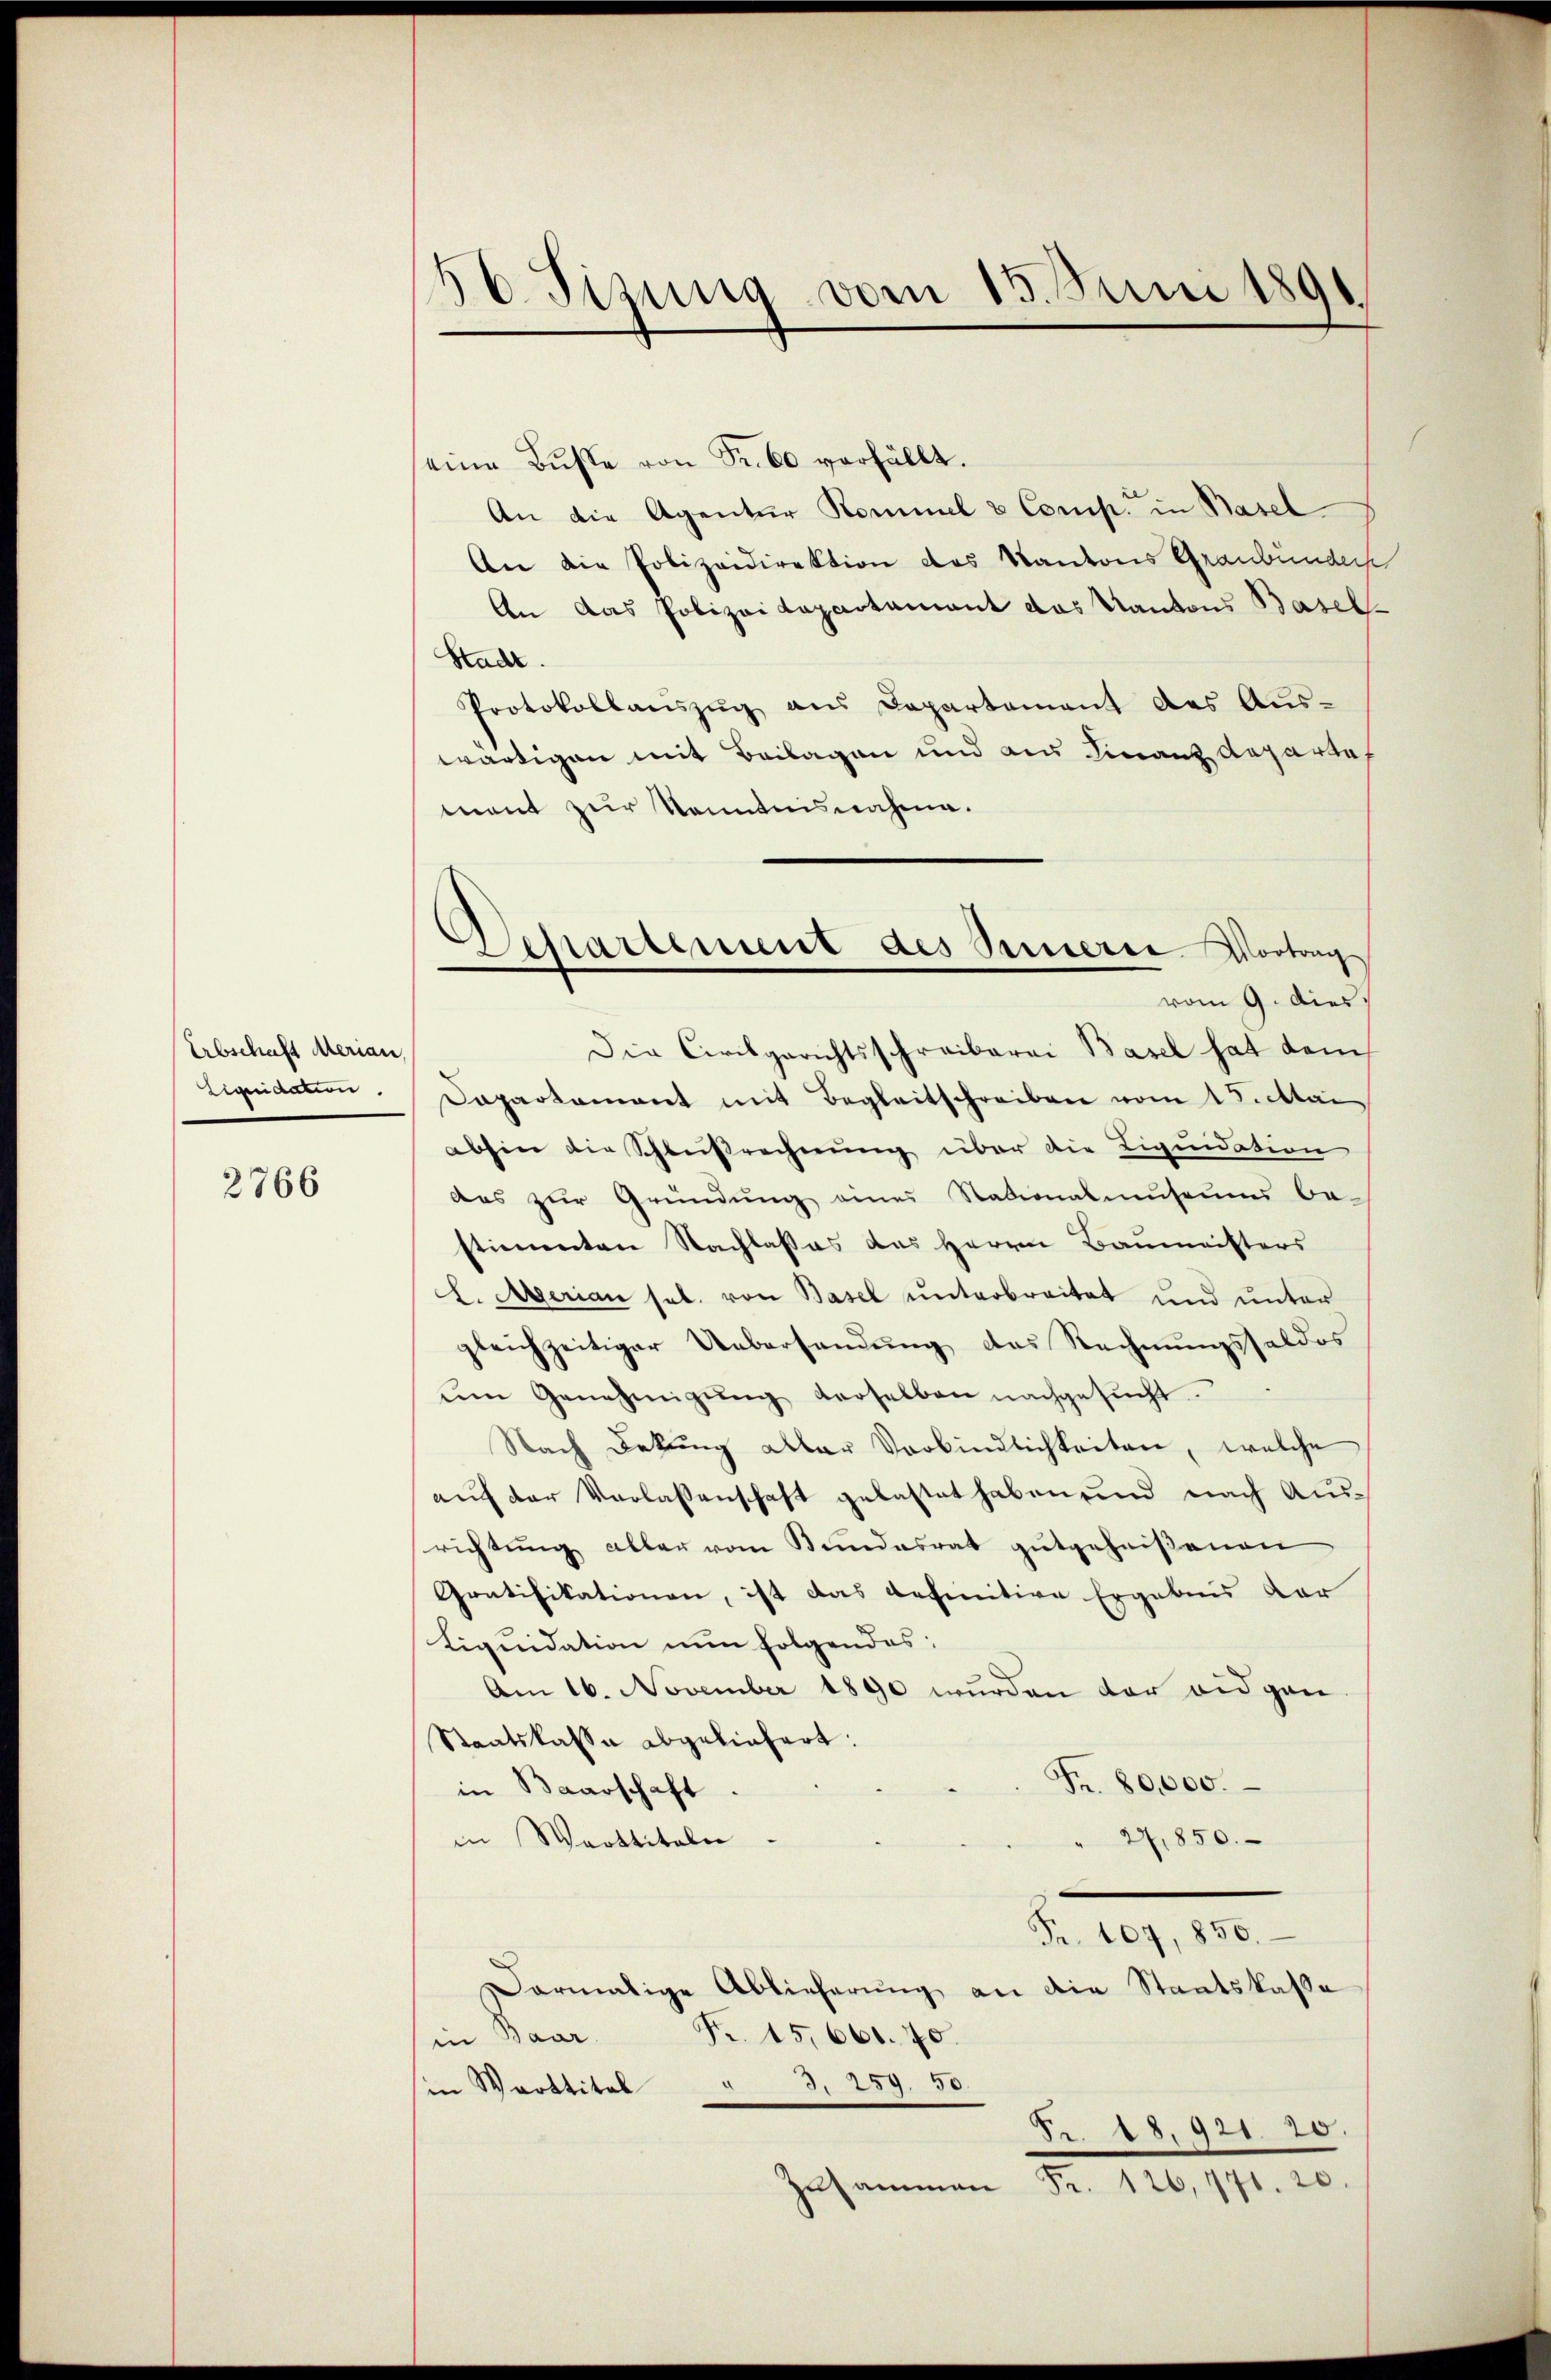
Arbschaft Merian
Liquidation.

2766

56. Sizung vom 15. Juni 1891

eine Bŭβe von Sr. 60 verfällt.
An die Agentur Kommel & Comp. in Basel
An die Polizeidirektion des Kantons Graubünder
An das Polizei Lapartament das Kantons Basel¬
Stadt.
Protokollauszug aus Departement des Auswärtigen mit Beilagen und aus Finanzdeparte
ment zur Kenntnisnahme.
Die Civilgerichtsschreiberei Basel hat dem
Dapartament mit Begleitschreiben vom 15. Mai
abhin die Schleißrechnung über die Liquidation
das zŭr Gründŭng eines Nationalmuseums be-
stimmten Nachlasses des Herrn Baumeisters
L. Merian sel. von Basel unterbreitet und unter
gleichzeitiger Uebersendung des Rechnungssaldos
ŭm Genehmigŭng derselben nachgesŭcht.
Nach Dekŭng aller Verbindlichkeiten, welche
auf der Verlassenschaft gelastet haben und nach Ausrichtung aller vom Bundesrat gutgeheißenen
Gratifikationen, ist das befinitive Ergebens der
Liquidation nun folgendes:
Am 16. November 1890 wurden der eidgen
Staatskassa abgeliefert.
Fr. 80,000.
in Baarschaft
in Warttitalie
27,850.
Fr. 107, 850.
Darmalige Ablieferung an die Staatskassa
Fr. 15,661. 70.
in Baar
in Warttitel " 3, 259. 50.
Fr. 18. 921. 20.
Zusammen Fr. 126, 171. 20.

Departement des Seinerie Vortrag
vom 9. dies